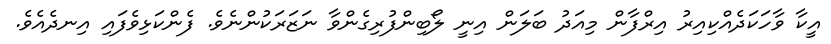
އީކާ ވާހަކަދެއްކިއިރު އިރްފާން މިއަދު ބަލަން އިނީ ލޯބިންފުރިގެންވާ ނަޒަރަކުންނެވެ. ފެންކަޅިވެފައި އިނދެއެވެ.